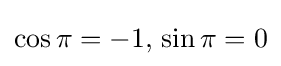
\cos \pi =-1,\,\sin \pi =0